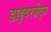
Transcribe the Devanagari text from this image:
डाइवरजेंट्स